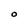
Character: O